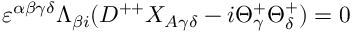
\varepsilon ^ { \alpha \beta \gamma \delta } \Lambda _ { \beta { i } } ( D ^ { + + } X _ { A \gamma \delta } - i \Theta _ { \gamma } ^ { + } \Theta _ { \delta } ^ { + } ) = 0